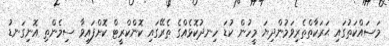
މަސައްކަތުގައި ޙަރަކާތްތެރިވަމުންދިޔަ މީހުން ކުޑަ ހިނދުކޮޅެއްގެ ތެރޭގައި ކޮންކްރީޓް ކޮށްފައިވާ ސިމެންތި އޮނިގަނޑު